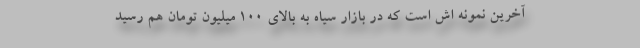
آخرین نمونه اش است که در بازار سیاه به بالای 100 میلیون تومان هم رسید